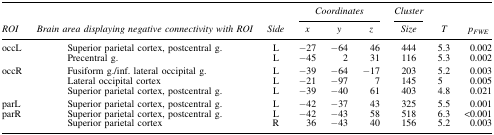
|  |  |  | <COLSPAN=3> Coordinates | Cluster |  |  |
 | ROI | Brain area displaying negative connectivity with ROI | Side | x | y | z | Size | T | pFWE |
 | --- | --- | --- | --- | --- | --- | --- | --- | --- |
 | occL | Superior parietal cortex, postcentral g. | L | −27 | −64 | 46 | 444 | 5.3 | 0.002 |
 |  | Precentral g. | L | −45 | 2 | 31 | 116 | 5.3 | 0.002 |
 | occR | Fusiform g./inf. lateral occipital g. | L | −39 | −64 | −17 | 203 | 5.2 | 0.003 |
 |  | Lateral occipital cortex | L | −21 | −97 | 7 | 145 | 5 | 0.005 |
 |  | Superior parietal cortex, postcentral g. | L | −39 | −40 | 61 | 403 | 4.8 | 0.021 |
 | parL | Superior parietal cortex, postcentral g. | L | −42 | −37 | 43 | 325 | 5.5 | 0.001 |
 | parR | Superior parietal cortex, postcentral g. | L | −42 | −43 | 58 | 518 | 6.3 | <0.001 |
 |  | Superior parietal cortex | R | 36 | −43 | 40 | 156 | 5.2 | 0.003 |